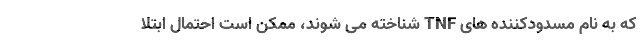
که به نام مسدودکننده های TNF شناخته می شوند، ممکن است احتمال ابتلا